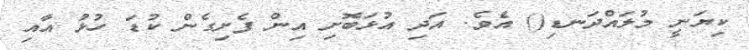
ކިޔަނީ މުލައްދަނޑި() އެވެ. އަދި އުޅަބޮށި އިން ފެށިގެން ކުޑަ ހުޅު އާއި